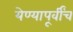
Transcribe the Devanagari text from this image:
येण्यापूर्वींच